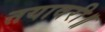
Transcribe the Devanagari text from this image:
तयावरी॥